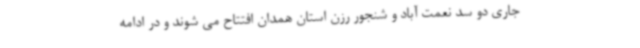
جاری دو سد نعمت آباد و شنجور رزن استان همدان افتتاح می شوند و در ادامه